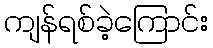
ကျန်ရစ်ခဲ့ကြောင်း